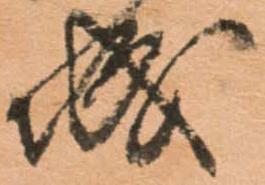
城